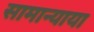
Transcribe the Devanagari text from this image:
सामान्याया